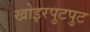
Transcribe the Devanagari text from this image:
खोइरपुटपुट